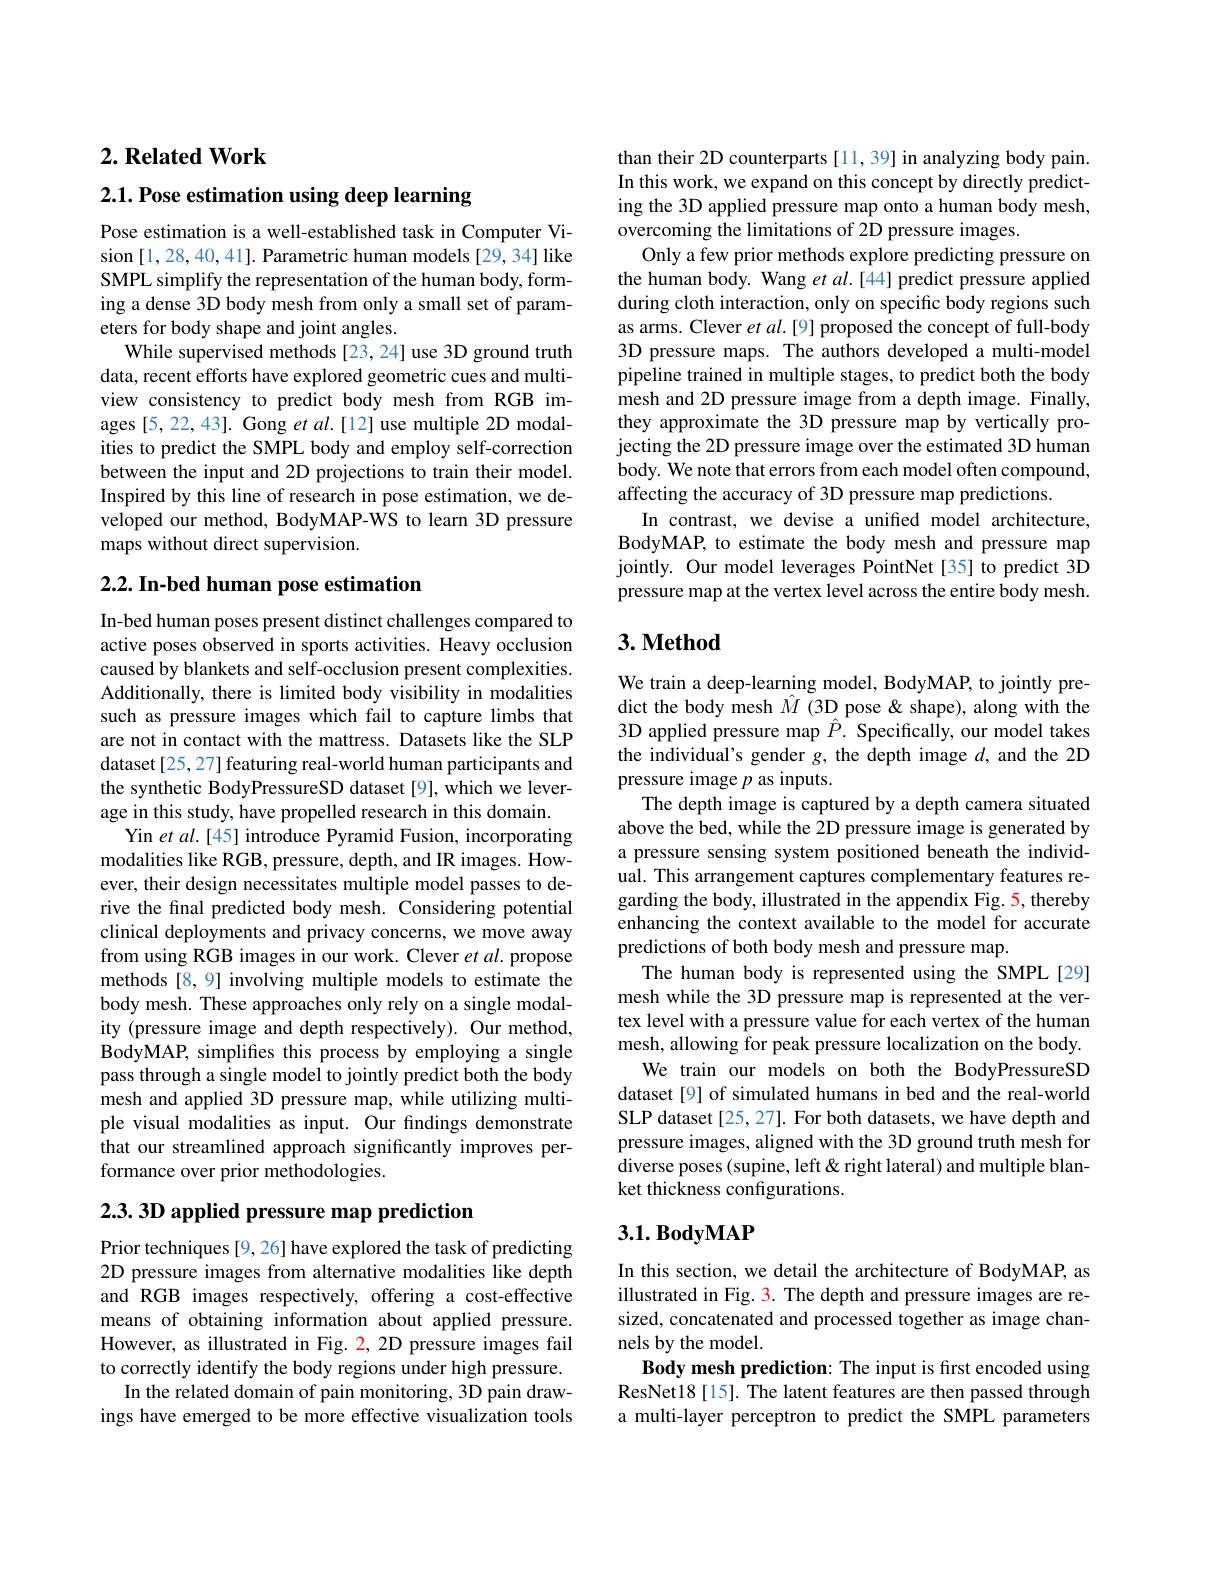
## $2. \textbf{ Related Work}$

2.1. Pose estimation using deep learning

Pose estimation is a well-established task in Computer Vision [1,28,40,41]. Parametric human models [29,34] like SMPL simplify the representation of the human body, forming a dense 3D body mesh from only a small set of parameters for body shape and joint angles.
While supervised methods [23, 24] use 3D ground truth data, recent efforts have explored geometric cues and multiview consistency to predict body mesh from RGB images [5, 22, 43]. Gong et al.[12] use multiple 2D modalities to predict the SMPL body and employ self-correction between the input and 2D projections to train their model. Inspired by this line of research in pose estimation, we developed our method, BodyMAP-WS to learn 3D pressure maps without direct supervision.

## 2.2. In-bed human pose estimation

In-bed human poses present distinct challenges compared to active poses observed in sports activities. Heavy occlusion caused by blankets and self-occlusion present complexities. Additionally, there is limited body visibility in modalities such as pressure images which fail to capture limbs that are not in contact with the mattress. Datasets like the SLP dataset [25, 27] featuring real-world human participants and the synthetic BodyPressureSD dataset [9], which we leverage in this study, have propelled research in this domain.
Yin et al.[45] introduce Pyramid Fusion, incorporating modalities like RGB, pressure, depth, and IR images. However, their design necessitates multiple model passes to derive the final predicted body mesh. Considering potential clinical deployments and privacy concerns, we move away from using RGB images in our work. Clever et al. propose methods [8,9] involving multiple models to estimate the body mesh. These approaches only rely on a single modality (pressure image and depth respectively). Our method, BodyMAP, simplifes this process by employing a single pass through a single model to jointly predict both the body mesh and applied 3D pressure map, while utilizing multiple visual modalities as input. Our fndings demonstrate that our streamlined approach significantly improves performance over prior methodologies.

2.3.3D applied pressure map prediction

Prior techniques [9, 26] have explored the task of predicting 2D pressure images from alternative modalities like depth and RGB images respectively, offering a cost-effective means of obtaining information about applied pressure. However, as illustrated in Fig. $\color{red}2,2$D pressure images fail to correctly identify the body regions under high pressure.
In the related domain of pain monitoring, 3D pain drawings have emerged to be more effective visualization tools

than their 2D counterparts [11,39] in analyzing body pain. In this work, we expand on this concept by directly predicting the 3D applied pressure map onto a human body mesh, overcoming the limitations of 2D pressure images.
Only a few prior methods explore predicting pressure on the human body. Wang et $al.[44]$ predict pressure applied during cloth interaction, only on specific body regions such as arms. Clever et al.[9] proposed the concept of full-body 3D pressure maps. The authors developed a multi-model pipeline trained in multiple stages, to predict both the body mesh and 2D pressure image from a depth image. Finally, they approximate the 3D pressure map by vertically projecting the 2D pressure image over the estimated 3D human body. We note that errors from each model often compound, affecting the accuracy of 3D pressure map predictions.
In contrast, we devise a unified model architecture, BodyMAP, to estimate the body mesh and pressure map jointly. Our model leverages PointNet[35] to predict 3D pressure map at the vertex level across the entire body mesh.

### $3. \textbf{Method}$

We train a deep-learning model, BodyMAP, to jointly predict the body mesh $\hat{M}$ (3D pose &shape), along with the 3D applied pressure map $\hat{P}.$ Specifically, our model takes the individual's gender $g$, the depth image $d$, and the 2D pressure image $p$ as inputs.
The depth image is captured by a depth camera situated above the bed, while the 2D pressure image is generated by a pressure sensing system positioned beneath the individual. This arrangement captures complementary features regarding the body, illustrated in the appendix Fig. 5, thereby enhancing the context available to the model for accurate predictions of both body mesh and pressure map.
The human body is represented using the SMPL[29] mesh while the 3D pressure map is represented at the vertex level with a pressure value for each vertex of the human mesh, allowing for peak pressure localization on the body.
We train our models on both the BodyPressureSD dataset [9] of simulated humans in bed and the real-world SLP dataset [25, 27]. For both datasets, we have depth and pressure images, aligned with the 3D ground truth mesh for diverse poses(supine, left&right lateral) and multiple blanket thickness configurations.

## $3.1.BodyMAP$

In this section, we detail the architecture of BodyMAP, as illustrated in Fig. 3. The depth and pressure images aresized, concatenated and processed together as image channels by the model.
Body mesh prediction: The input is first encoded using ResNet18[15]. The latent features are then passed through a multi-layer perceptron to predict the SMPL parameters